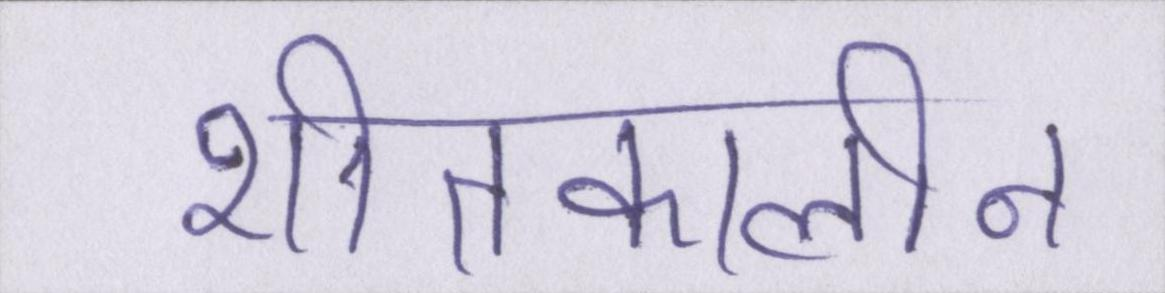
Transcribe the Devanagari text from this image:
शीतकालीन